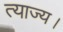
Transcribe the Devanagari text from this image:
त्याज्य।